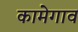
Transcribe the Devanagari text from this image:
कामेगाव